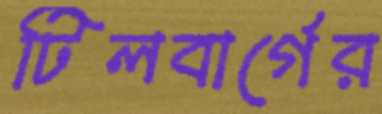
টিলবার্গের